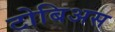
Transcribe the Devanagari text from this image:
टोबिअस